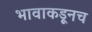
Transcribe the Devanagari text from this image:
भावाकडूनच